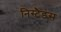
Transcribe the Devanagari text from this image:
निस्टैडस